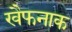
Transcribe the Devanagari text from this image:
खैफनाक